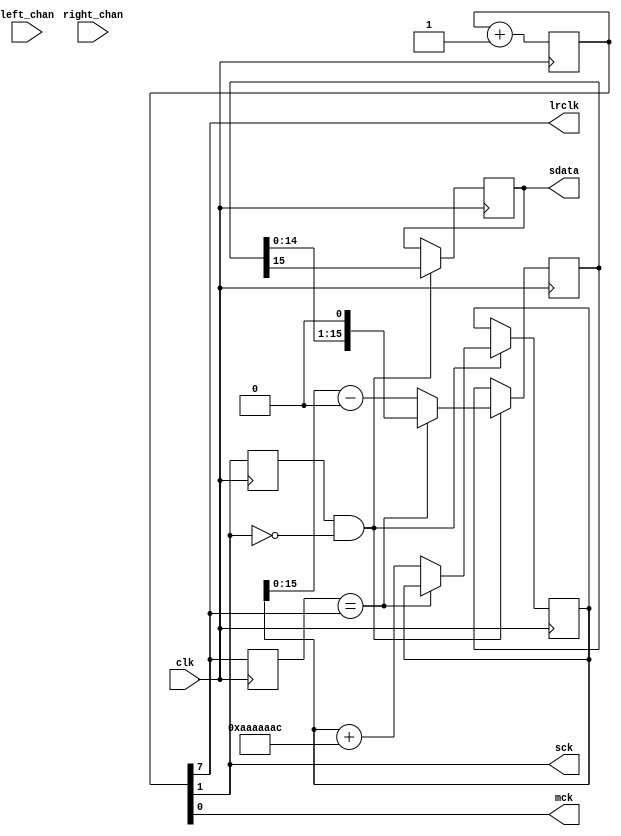
module i2s_tx_2 #(parameter DATA_WIDTH = 16
				) (clk, left_chan, right_chan, sdata, lrclk, mck, sck);
input wire clk; 
input wire [DATA_WIDTH-1:0] left_chan;
input wire [DATA_WIDTH-1:0] right_chan;
output reg sdata; initial sdata <= 1'b0;
output wire mck, sck, lrclk;
reg [9:0]  mck_div; initial mck_div<=10'd0;
parameter LR_BIT = 7; 
parameter SCK_BIT = LR_BIT - 6; 
parameter MCK_BIT = 0;
assign mck   = mck_div[MCK_BIT];
assign lrclk = mck_div[LR_BIT];
assign sck   = mck_div[SCK_BIT];
reg lrclk_prev; initial lrclk_prev <= 1'b1;
wire lrclk_change = ~(lrclk_prev == lrclk);
reg [DATA_WIDTH-1:0] ch_data; initial ch_data <= {DATA_WIDTH{1'b0}};
reg sck_prev; initial sck_prev <= 1'b0;
wire sck_neg = (sck_prev==1'b1 && sck==1'b0);
reg [31:0] fake_data; initial fake_data <= 32'd0;
wire [31:0] sgnd_data = fake_data - 32'b10000000000000000000000000000000;
always @(posedge clk) begin
	mck_div <= mck_div + 1'b1;
	lrclk_prev <= lrclk;
	sck_prev <= sck;
	if (sck_neg) begin
		if (lrclk_change) begin
			ch_data <= sgnd_data;
			fake_data <= fake_data + 32'd178956972; 
		end else begin
			ch_data <= ch_data << 1;
		end
		sdata <= ch_data[DATA_WIDTH-1];
	end
end
endmodule